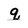
Character: q